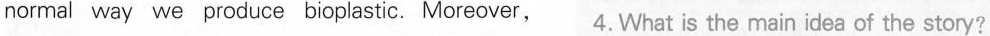
normal way we produce bioplastic. Moreover, 4.What is the main idea of the story?